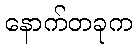
နောက်တခုက